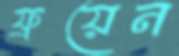
ফ্রয়েন